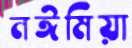
নঈমিয়া